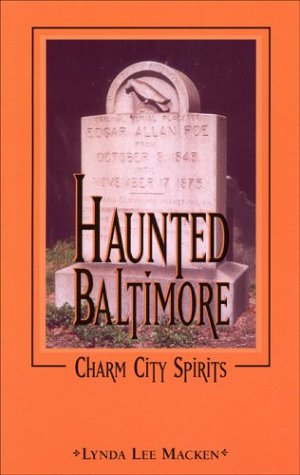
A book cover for Haunted Baltimore: Charm City Spirits; Lynda Lee Macken; Travel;